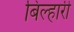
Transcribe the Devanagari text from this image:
बिल्हारी